Annual report on the Civil Veterinary Department, Burma (including the Insein Veterinary School) - 1932-1941
Year: 1932
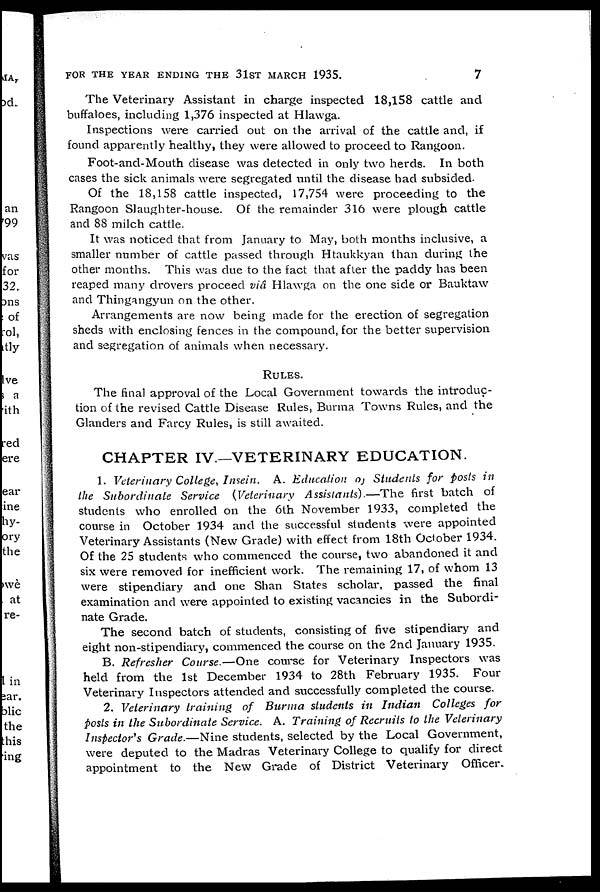
FOR THE YEAR ENDING THE 31ST MARCH 1935.
7
The Veterinary Assistant in charge inspected 18,158 cattle and
buffaloes, including 1,376 inspected at Hlawga.
Inspections were carried out on the arrival of the cattle and, if
found apparently healthy, they were allowed to proceed to Rangoon.
Foot-and-Mouth disease was detected in only two herds. In both
cases the sick animals were segregated until the disease had subsided.
Of the 18,158 cattle inspected, 17,754 were proceeding to the
Rangoon Slaughter-house. Of the remainder 316 were plough cattle
and 88 milch cattle.
It was noticed that from January to May, both months inclusive, a
smaller number of cattle passed through Htaukkyan than during the
other months. This was due to the fact that after the paddy has been
reaped many drovers proceed viâ Hlawga on the one side or Bauktaw
and Thingangyun on the other.
Arrangements are now being made for the erection of segregation
sheds with enclosing fences in the compound, for the better supervision
and segregation of animals when necessary.
RULES.
The final approval of the Local Government towards the introduc-
tion of the revised Cattle Disease Rules, Burma Towns Rules, and the
Glanders and Farcy Rules, is still awaited.
CHAPTER IV.—VETERINARY EDUCATION.
1. Veterinary College, Insein. A. Education of Students for posts in
the Subordinate Service (Veterinary Assistants).—The first batch of
students who enrolled on the 6th November 1933, completed the
course in October 1934 and the successful students were appointed
Veterinary Assistants (New Grade) with effect from 18th October 1934.
Of the 25 students who commenced the course, two abandoned it and
six were removed for inefficient work. The remaining 17, of whom 13
were stipendiary and one Shan States scholar, passed the final
examination and were appointed to existing vacancies in the Subordi-
nate Grade.
The second batch of students, consisting of five stipendiary and
eight non-stipendiary, commenced the course on the 2nd January 1935.
B. Refresher Course.—One course for Veterinary Inspectors was
held from the 1st December 1934 to 28th February 1935. Four
Veterinary Inspectors attended and successfully completed the course.
2. Veterinary training of Burma students in Indian Colleges for
posts in the Subordinate Service. A. Training of Recruits to the Veterinary
Inspector's Grade.—Nine students, selected by the Local Government,
were deputed to the Madras Veterinary College to qualify for direct
appointment to the New Grade of District Veterinary Officer.